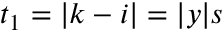
t _ { 1 } = | k - i | = | y | s